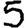
Digit: 5